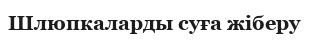
Шлюпкаларды суға жіберу